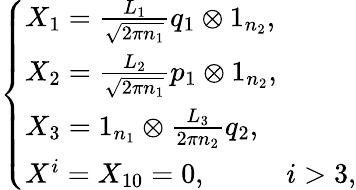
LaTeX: \left\{ \begin{array}{lll}{{X_{1}=\frac{L_{1}}{\sqrt{2\pi n_{1}}}q_{1}\otimes 1_{n_{2}},}}\\ {{X_{2}=\frac{L_{2}}{\sqrt{2\pi n_{1}}}p_{1}\otimes 1_{n_{2}},}}\\ {{X_{3}=1_{n_{1}}\otimes\frac{L_{3}}{2\pi n_{2}}q_{2},}}\\ {{X^{i}=X_{10}=0,\; \; \; \; \; \; \; \; \; \; i>3,}}\end{array}\right.